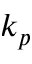
k _ { p }